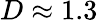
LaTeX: D\approx 1.3